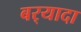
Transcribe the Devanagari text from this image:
बर्‍यादा